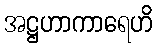
အဋ္ဌဟာကာရေဟိ